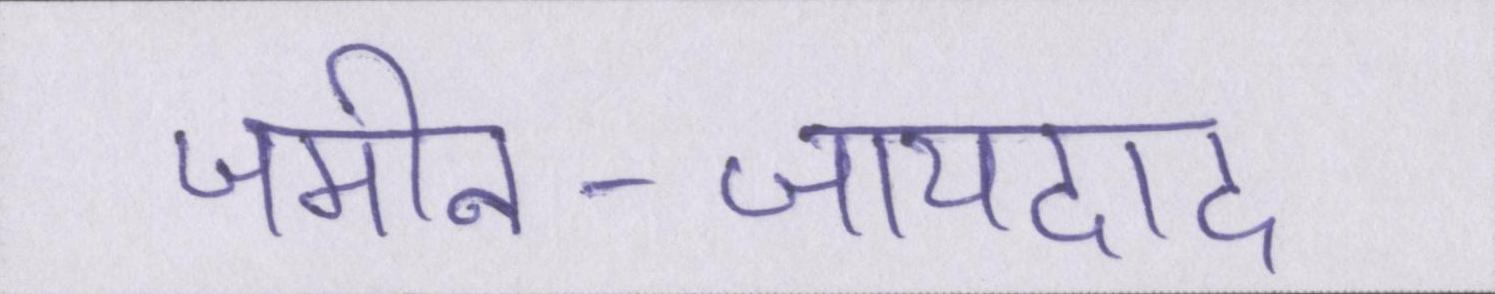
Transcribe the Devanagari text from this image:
जमीन-जायदाद